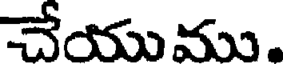
చేయుము.